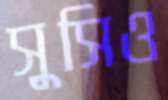
সুসিও